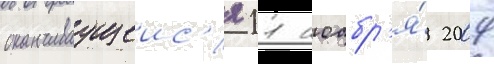
оканчиваущеис'я 11 ноабр'я́ 2009